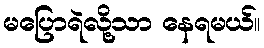
မပြောရဲလို့သာ နေရမယ်။